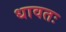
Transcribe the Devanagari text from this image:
धावतः